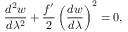
\frac { d ^ { 2 } w } { d \lambda ^ { 2 } } + \frac { f ^ { \prime } } { 2 } \left( \frac { d w } { d \lambda } \right) ^ { 2 } = 0 ,